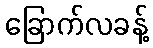
ခြောက်လခန့်